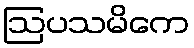
ဩပသမိကေ